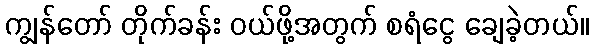
ကျွန်တော် တိုက်ခန်း ဝယ်ဖို့အတွက် စရံငွေ ချေခဲ့တယ်။